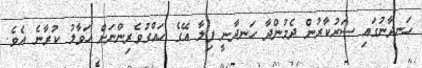
ހަނދާނުގައި ސަރުކާރުން ދެމުންދާ ހަނދާނީ ފިލާ އޭގެ ހައްގުވެރިންނަށް ހަވާލު ކުރާނެ އެވެ.